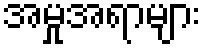
အမှုအရာများ